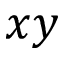
x y